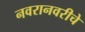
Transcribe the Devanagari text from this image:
नवरानवरीचे